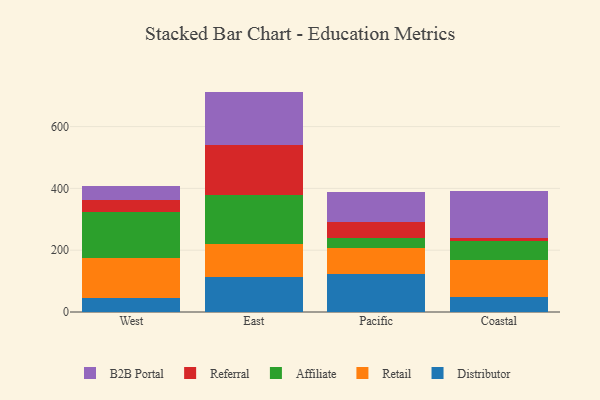
{"axis": {"x": "Region", "y": "Population (Million)"}, "legend": ["Affiliate", "B2B Portal", "Distributor", "Referral", "Retail"], "data": [{"x": "West", "y": 44.5, "type": "Distributor"}, {"x": "West", "y": 131.4, "type": "Retail"}, {"x": "West", "y": 147.9, "type": "Affiliate"}, {"x": "West", "y": 37.7, "type": "Referral"}, {"x": "West", "y": 47.0, "type": "B2B Portal"}, {"x": "East", "y": 112.5, "type": "Distributor"}, {"x": "East", "y": 108.3, "type": "Retail"}, {"x": "East", "y": 159.2, "type": "Affiliate"}, {"x": "East", "y": 160.3, "type": "Referral"}, {"x": "East", "y": 172.9, "type": "B2B Portal"}, {"x": "Pacific", "y": 121.9, "type": "Distributor"}, {"x": "Pacific", "y": 84.8, "type": "Retail"}, {"x": "Pacific", "y": 33.4, "type": "Affiliate"}, {"x": "Pacific", "y": 50.1, "type": "Referral"}, {"x": "Pacific", "y": 99.3, "type": "B2B Portal"}, {"x": "Coastal", "y": 47.0, "type": "Distributor"}, {"x": "Coastal", "y": 120.7, "type": "Retail"}, {"x": "Coastal", "y": 63.2, "type": "Affiliate"}, {"x": "Coastal", "y": 8.0, "type": "Referral"}, {"x": "Coastal", "y": 151.7, "type": "B2B Portal"}]}